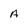
Character: A